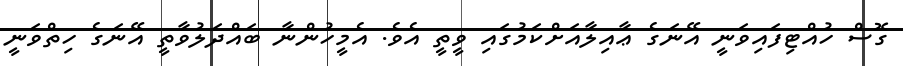
ގޮސް ހުއްޓިފައިވަނީ އޭނަގެ ޢާއިލާއަށްކަމުގައި ވީތީ އެވެ. އެމީހުންނާ ބައްދަލުވާތީ އޭނަގެ ހިތްވަނީ